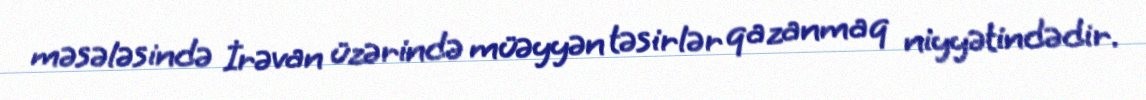
məsələsində İrəvan üzərində müəyyən təsirlər qazanmaq niyyətindədir.